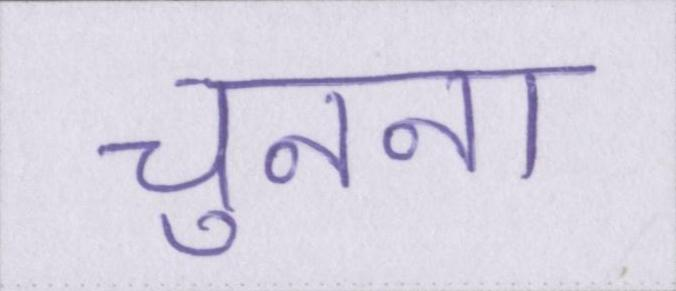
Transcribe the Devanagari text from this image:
चुनना